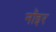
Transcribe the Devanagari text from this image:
नॉइर